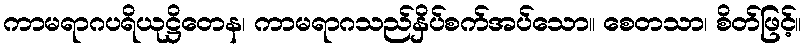
ကာမရာဂပရိယုဋ္ဌိတေန၊ ကာမရာဂသည်နှိပ်စက်အပ်သော။ စေတသာ၊ စိတ်ဖြင့်။